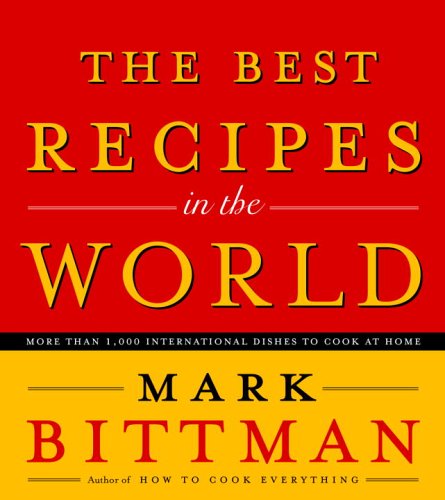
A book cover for The Best Recipes in the World; Mark Bittman; Cookbooks, Food & Wine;